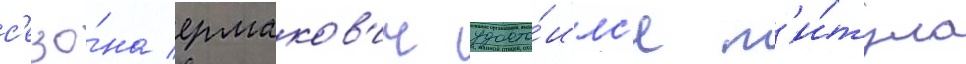
с'езо́на ермаков'ич удосто́илс'я т'и́тула